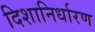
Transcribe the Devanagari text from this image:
दिशानिर्धारण